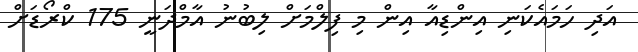
އަދި ހަމައެކަނި އިންޑިއާ އިން މި ފިލްމަށް ލިބުނު އާމްދަނީ 175 ކްރޯޑަށް